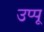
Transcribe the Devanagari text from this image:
उप्पू